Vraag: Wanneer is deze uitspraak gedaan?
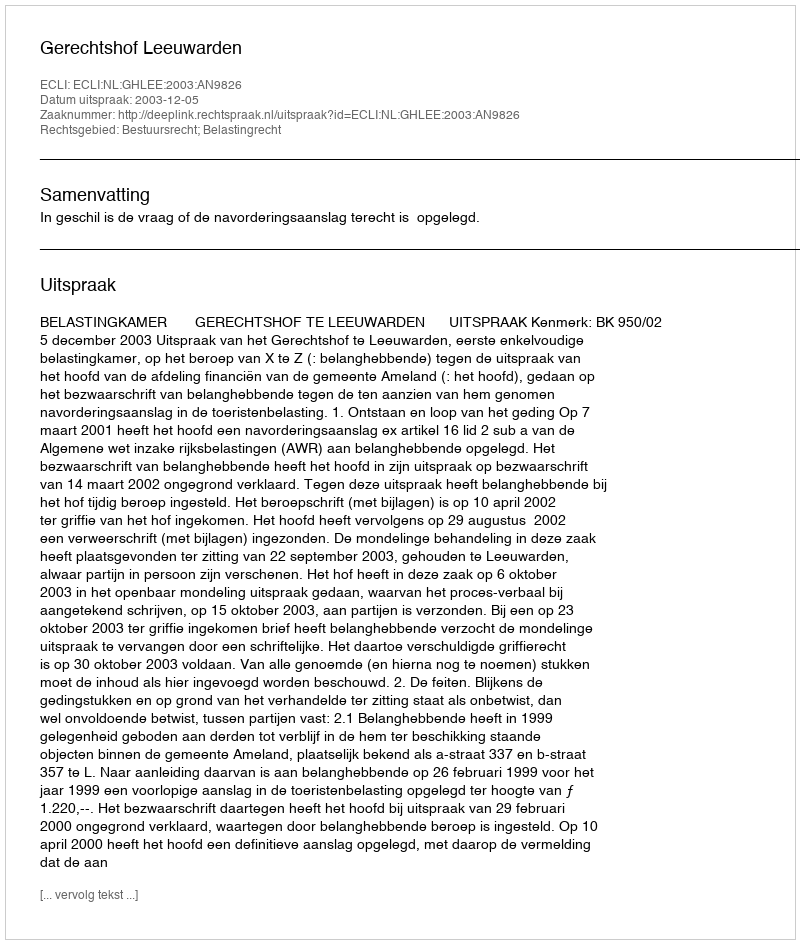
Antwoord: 2003-12-05